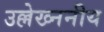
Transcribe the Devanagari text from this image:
उल्लेख्ननीय